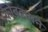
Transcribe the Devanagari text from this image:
कोंबड्याने